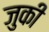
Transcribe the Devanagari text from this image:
जुकी